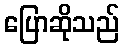
ပြောဆိုသည်